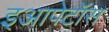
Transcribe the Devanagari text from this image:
इआपेटॉस